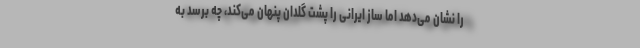
را نشان می‌دهد اما ساز ایرانی را پشت گلدان پنهان می‌کند، چه برسد به